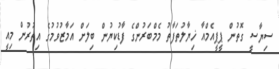
ސިޔާސީ ގޮތުން ޕީޕީއެމްއާ ޚިޔާލުތަފާތު މެމްބަރުންގެ ފާޑުކިޔުން ބިލަށް އަމާޒުވުމުގެ އިތުރުން މިއީ